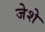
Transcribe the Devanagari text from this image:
जेशे